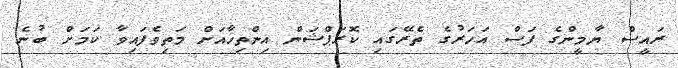
ރައީސް ޔާމީންގެ ފަސް އަހަރުގެ ތެރޭގައި ކޮރަޕްޝަން އިންތިހާއަށް މަތިވެފައިވާ ކަމަށް ބުނެ